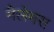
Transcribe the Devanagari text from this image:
मैलेमस